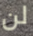
لن